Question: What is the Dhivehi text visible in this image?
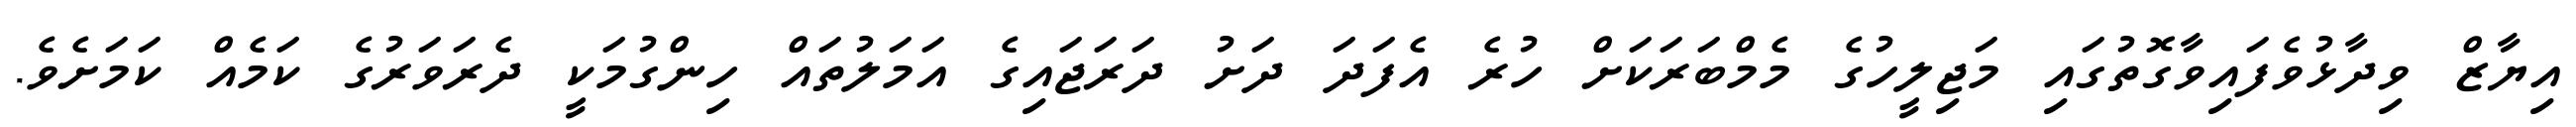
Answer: އިޔާޒް ވިދާޅުވެފައިވާގޮތުގައި މަޖިލީހުގެ މެމްބަރަކަށް ހުރެ އެފަދަ ދަށު ދަރަޖައިގެ އަމަލުތައް ހިންގުމަކީ ދެރަވަރުގެ ކަމެއް ކަމަށެވެ.